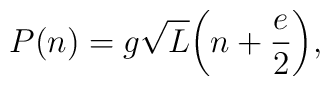
P(n)=g\sqrt L\bigg(n+\frac{e}{2}\bigg),